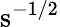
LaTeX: \mathrm{s}^{-1/2}